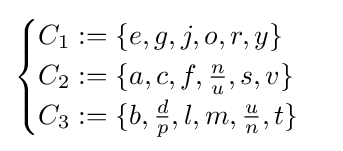
{\begin{cases}C_{1}:=\{e,g,j,o,r,y\}\\C_{2}:=\{a,c,f,{\tfrac {n}{u}},s,v\}\\C_{3}:=\{b,{\tfrac {d}{p}},l,m,{\tfrac {u}{n}},t\}\\\end{cases}}